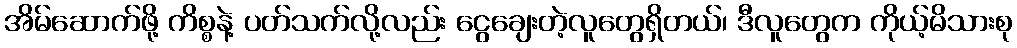
အိမ်ဆောက်ဖို့ ကိစ္စနဲ့ ပတ်သက်လို့လည်း ငွေချေးတဲ့လူတွေရှိတယ်၊ ဒီလူတွေက ကိုယ့်မိသားစု